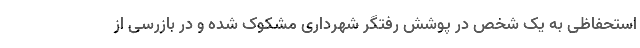
استحفاظی به یک شخص در پوشش رُفتگر شهرداری مشکوک شده و در بازرسی از